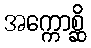
အက္ကောစ္ဆိ